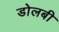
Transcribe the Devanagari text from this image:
डोलबी